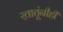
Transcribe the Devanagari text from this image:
खातूंनीही